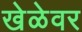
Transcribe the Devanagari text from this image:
खेळेवर